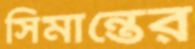
সিমান্তের